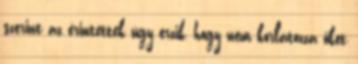
szerint az érintettek úgy érzik, hogy nem korlátozza őket